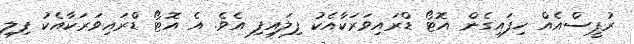
ރުޕީސްއެއް ހިފައިގެން އޮޓޯ ޑްރައިވަރަކާއެކު ފިލައިފި އެވެ. އެ އޮޓޯ ޑްރައިވަރަކާއެކު ފިލި